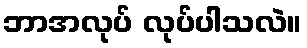
ဘာအလုပ် လုပ်ပါသလဲ။